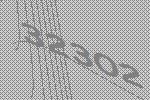
32302